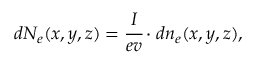
d N _ { e } ( x , y , z ) = \cfrac { I } { e v } \cdot d n _ { e } ( x , y , z ) ,